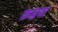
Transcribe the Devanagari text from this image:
क्रद्वद्य